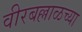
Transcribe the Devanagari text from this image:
वीरबल्लाळच्या